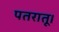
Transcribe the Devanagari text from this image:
पतरातू।